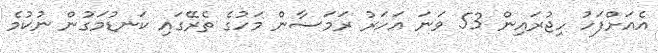
އެއަށްފަހު ހިޖުރައިން 53 ވަނަ އަހަރު ރަމަޟާން މަހުގެ ތެރޭގައި ކަނޑުމަގުން ނުކުމެ